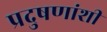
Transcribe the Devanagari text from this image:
प्रदुषणांशी